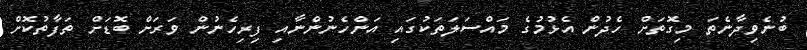
ބުނެވިދާނެތަ މިގޮތަށް ހެދުން އެޅުމުގެ މައްސަލަތަކުގައި އަންހެނުންނާއި ފިރިހެނުން ވަރަށް ބޮޑަށް ތަފާތުކޮށް